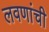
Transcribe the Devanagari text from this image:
लवणांची